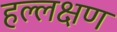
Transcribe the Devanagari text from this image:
हल्लक्षण